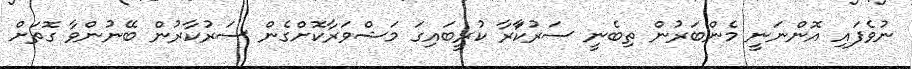
ނުވެފައި އޮންނަނީ މެންބަރުން ތިބެނީ ސަރުކާަރާ ކުރީބައިގަ މަޝްވަރާކޮށްގެން ސަރުކާރުން ބޭނުންވާ ގޮތަށް